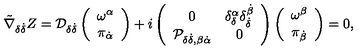
\tilde { \nabla } _ { \delta \dot { \delta } } Z = { \cal D } _ { \delta \dot { \delta } } \left( \begin{array} { c } { \omega ^ { \alpha } } \\ { \pi _ { \dot { \alpha } } } \\ \end{array} \right) + i \left( \begin{array} { c c } { 0 } & { \delta _ { \delta } ^ { \alpha } \delta _ { \dot { \delta } } ^ { \dot { \beta } } } \\ { { \cal P } _ { \delta \dot { \delta } , \beta \dot { \alpha } } } & { 0 } \\ \end{array} \right) \left( \begin{array} { c } { \omega ^ { \beta } } \\ { \pi _ { \dot { \beta } } } \\ \end{array} \right) = 0 ,